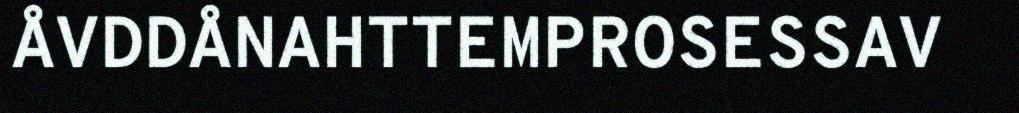
ÅVDDÅNAHTTEMPROSESSAV